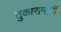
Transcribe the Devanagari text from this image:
तुकारामांनीं